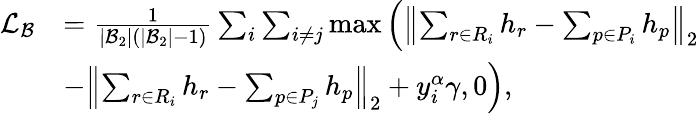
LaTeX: \begin{array}{rl}{\mathcal{L}_{\mathcal{B}}}&{=\frac{1}{|\mathcal{B}_{2}|(|\mathcal{B}_{2}|-1)}\sum_{i}\sum_{i\neq j}\operatorname*{max}\Big(\left\| \sum_{r\in R_{i}}h_{r}-\sum_{p\in P_{i}}h_{p}\right\| _{2}}\\ &{-\left\| \sum_{r\in R_{i}}h_{r}-\sum_{p\in P_{j}}h_{p}\right\| _{2}+y_{i}^{\alpha}\gamma,0\Big),}\end{array}